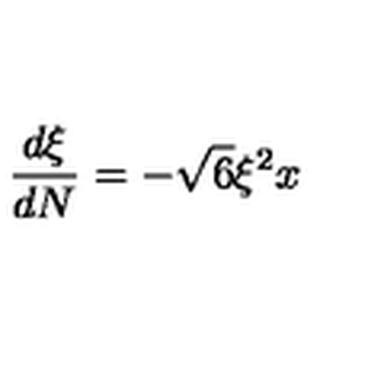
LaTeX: \frac { d \xi } { d N } = - \sqrt { 6 } \xi ^ { 2 } x